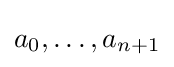
a_{0},\ldots ,a_{n+1}